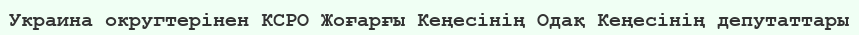
Украина округтерінен КСРО Жоғарғы Кеңесінің Одақ Кеңесінің депутаттары